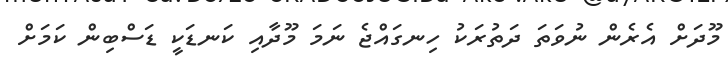
މޫދަށް އެރެން ނުވަތަ ދަތުރަކު ހިނގައްޖެ ނަމަ މޫދާއި ކަނޑަކީ ޑަސްބިން ކަމަށް